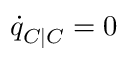
\dot { q } _ { C | C } = 0